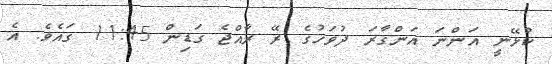
ކުޅޭނީ އަންނަ އަންގާރަ ދުވަހުގެ ރޭ ރާއްޖެ ގަޑިން 11:45 ގައެވެ. އެ